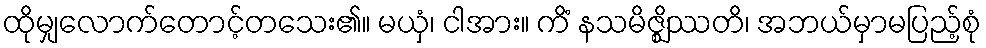
ထိုမျှလောက်တောင့်တသေး၏။ မယှံ၊ ငါအား။ ကိံ နသမိဇ္ဈိဿတိ၊ အဘယ်မှာမပြည့်စုံ